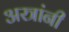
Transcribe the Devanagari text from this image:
अस्त्रांनी